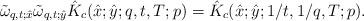
LaTeX: \begin{gather*}\tilde\omega_{q,t;\hat{x}} \tilde\omega_{q,t;\hat{y}}\hat{K}_c(\hat{x};\hat{y};q,t,T;p)=\hat{K}_c(\hat{x};\hat{y};1/t,1/q,T;p).\end{gather*}